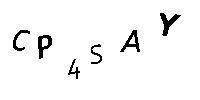
CP4SAY